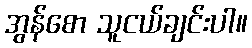
အွန်စော သူငယ်ချင်းပါ။